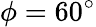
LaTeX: \phi=60^{\circ}